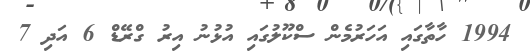
1994 ހާތާގައި އަހަރުމެން ސްކޫލުގައި އުޅުނު އިރު ގްރޭޑް 6 އަދި 7